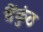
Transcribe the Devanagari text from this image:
वैंकुंठ